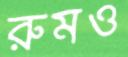
রুমও